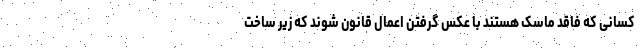
کسانی که فاقد ماسک هستند با عکس گرفتن اعمال قانون شوند که زیر ساخت